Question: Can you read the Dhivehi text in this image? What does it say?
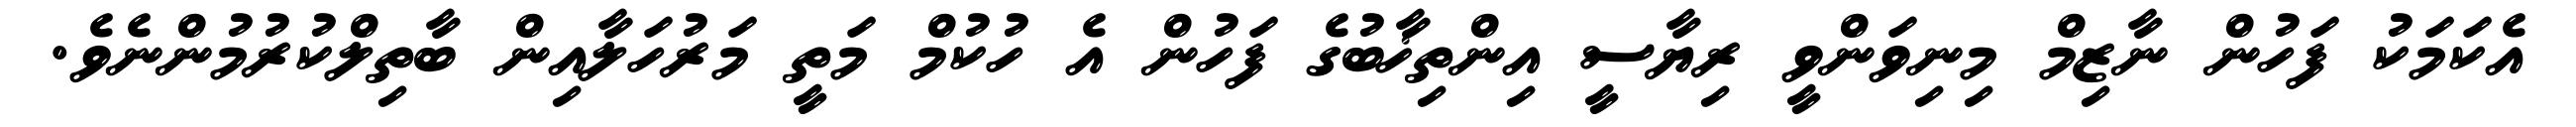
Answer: އެކަމަކު ފަހުން ނާޒިމް މިނިވަންވީ ރިޔާސީ އިންތިޚާބުގެ ފަހުން އެ ހުކުމް މަތީ މަރުހަލާއިން ބާތިލްކުރުމުންނެވެ.